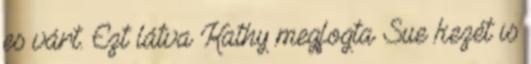
es várt. Ezt látva Kathy megfogta Sue kezét is